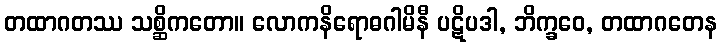
တထာဂတဿ သစ္ဆိကတော။ လောကနိရောဓဂါမိနီ ပဋိပဒါ, ဘိက္ခဝေ, တထာဂတေန